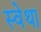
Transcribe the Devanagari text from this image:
स्वेथा